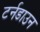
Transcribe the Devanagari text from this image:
टर्नडाउन